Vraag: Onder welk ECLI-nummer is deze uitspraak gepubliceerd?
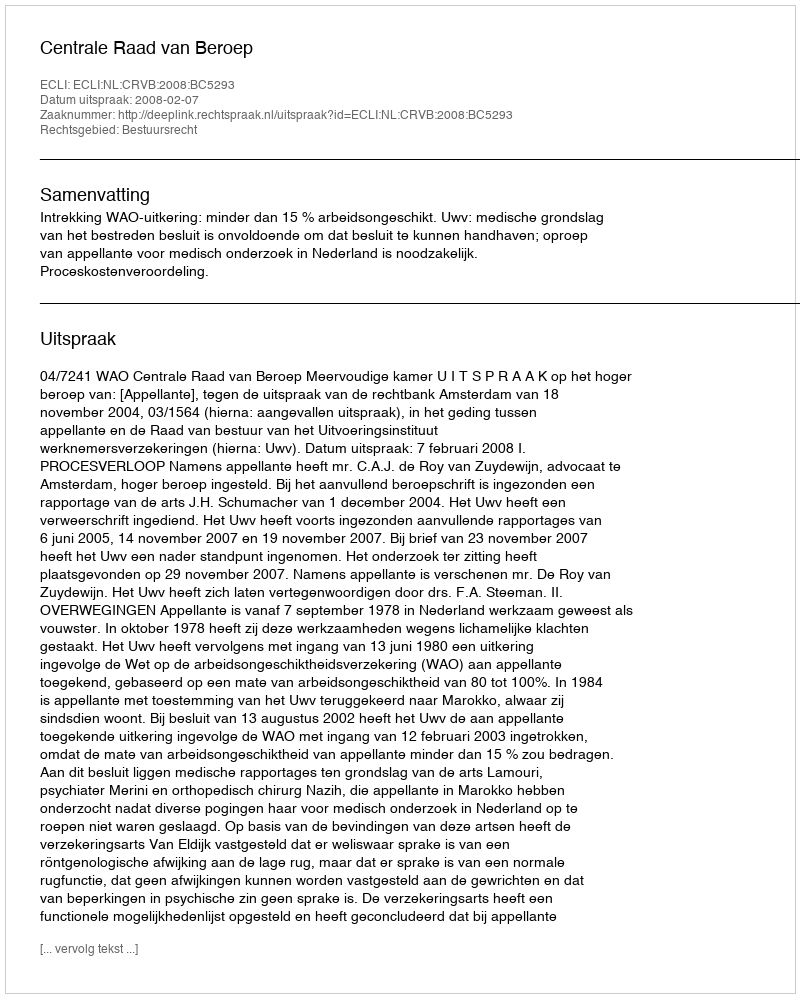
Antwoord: ECLI:NL:CRVB:2008:BC5293